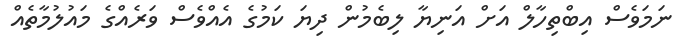
ނަމަވެސް އިބްތިހާލް އަށް އަނިޔާ ލިބެމުން ދިޔަ ކަމުގެ އެެއްވެސް ވަރެއްގެ މައުލުމާތެއް